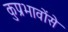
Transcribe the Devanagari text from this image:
कुप्रभावोंसे